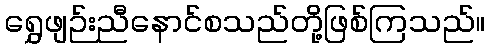
ရွှေဖျဉ်းညီနောင်စသည်တို့ဖြစ်ကြသည်။